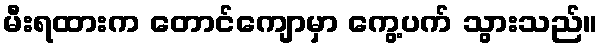
မီးရထားက တောင်ကျောမှာ ကွေ့ပက် သွားသည်။